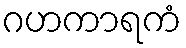
ဂဟကာရကံ